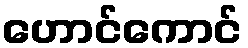
ဟောင်ကောင်